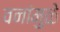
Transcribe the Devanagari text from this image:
वनांमुळे